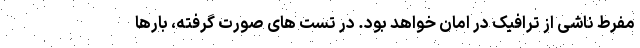
مفرط ناشی از ترافیک در امان خواهد بود. در تست های صورت گرفته، بارها